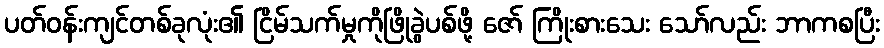
ပတ်ဝန်းကျင်တစ်ခုလုံး၏ ငြိမ်သက်မှုကိုဖြိုခွဲပစ်ဖို့ ဇော် ကြိုးစားသေး သော်လည်း ဘာကစပြီး